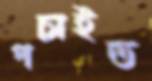
পচাইত